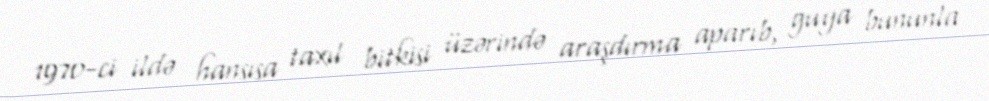
1970-ci ildə hansısa taxıl bitkisi üzərində araşdırma aparıb, guya bununla